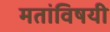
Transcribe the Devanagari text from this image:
मतांविषयी